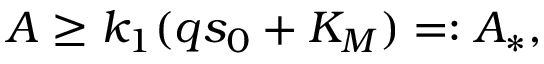
A \geq k _ { 1 } ( q s _ { 0 } + K _ { M } ) = : A _ { * } ,